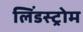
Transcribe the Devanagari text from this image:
लिंडस्ट्रोम